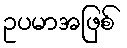
ဥပမာအဖြစ်